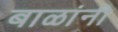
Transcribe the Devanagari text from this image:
बाळांनी